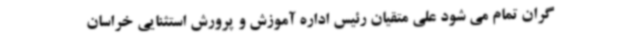
گران تمام می شود علی متقیان رئیس اداره آموزش و پرورش استثنایی خراسان